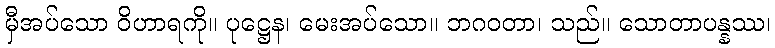
မှီအပ်သော ဝိဟာရကို။ ပုဋ္ဌေန၊ မေးအပ်သော။ ဘဂဝတာ၊ သည်။ သောတာပန္နဿ၊